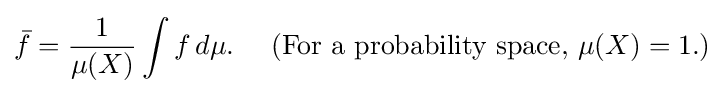
{\bar {f}}={\frac {1}{\mu (X)}}\int f\,d\mu .\quad {\text{ (For a probability space, }}\mu (X)=1.)